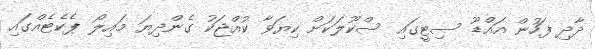
ދާދި ފަހުން އައްޑޫ ސިޓީގައި ސްކޫލަކަށް ކިޔަވާ ކުއްޖަކު ގެންދިޔަ މައިލޯ ޕެކެޓެއްގައި